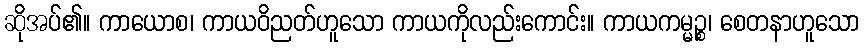
ဆိုအပ်၏။ ကာယောစ၊ ကာယဝိညတ်ဟူသော ကာယကိုလည်းကောင်း။ ကာယကမ္မဉ္စ၊ စေတနာဟူသော